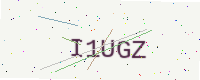
Text: I1UGZ